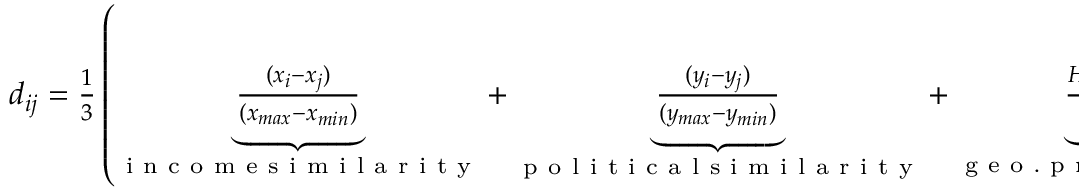
\begin{array} { r } { d _ { i j } = \frac { 1 } { 3 } \left( \underbrace { \frac { ( x _ { i } - x _ { j } ) } { ( x _ { m a x } - x _ { m i n } ) } } _ { \mathrm { ~ i ~ n ~ c ~ o ~ m ~ e ~ s ~ i ~ m ~ i ~ l ~ a ~ r ~ i ~ t ~ y ~ } } + \underbrace { \frac { ( y _ { i } - y _ { j } ) } { ( y _ { m a x } - y _ { m i n } ) } } _ { \mathrm { ~ p ~ o ~ l ~ i ~ t ~ i ~ c ~ a ~ l ~ s ~ i ~ m ~ i ~ l ~ a ~ r ~ i ~ t ~ y ~ } } + \underbrace { \frac { H ( z _ { i } , z _ { j } ) } { H _ { m a x } } } _ { \mathrm { ~ g ~ e ~ o ~ . ~ p ~ r ~ o ~ x ~ i ~ m ~ i ~ t ~ y ~ } } \right) } \end{array}